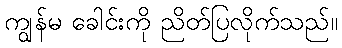
ကျွန်မ ခေါင်းကို ညိတ်ပြလိုက်သည်။